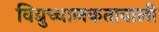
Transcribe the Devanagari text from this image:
विद्युच्चालकतावाली